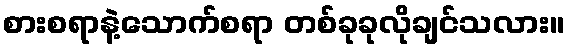
စားစရာနဲ့သောက်စရာ တစ်ခုခုလိုချင်သလား။